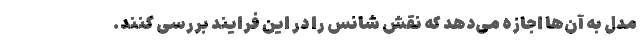
مدل به آن‌ها اجازه می‌دهد که نقش شانس را در این فرایند بررسی کنند.